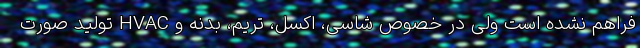
فراهم نشده است ولی در خصوص شاسی، اکسل، تریم، بدنه و HVAC تولید صورت